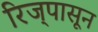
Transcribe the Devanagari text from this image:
रिज्‌पासून